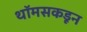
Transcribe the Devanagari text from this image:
थॉमसकडून